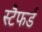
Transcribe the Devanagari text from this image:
स्टैफर्ड